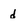
Character: d